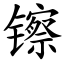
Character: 镲